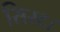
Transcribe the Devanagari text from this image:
सिस्ट।